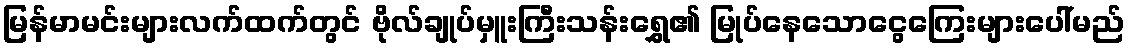
မြန်မာမင်းများလက်ထက်တွင် ဗိုလ်ချုပ်မှူးကြီးသန်းရွှေ၏ မြုပ်နေသောငွေကြေးများပေါ်မည်